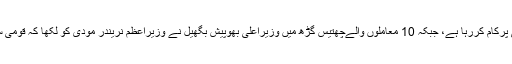
274 معاملوں کے ساتھ راجستھان باہر نکلنےکی حکمت عملی پرکام کررہا ہے، جبکہ 10 معاملوں والےچھتیس گڑھ میں وزیراعلیٰ بھوپیش بگھیل نے وزیراعظم نریندر مودی کو لکھا کہ قومی سفرکو شروع کئے جانےکے سبب وائرس مزید پھیل سکتا ہے۔